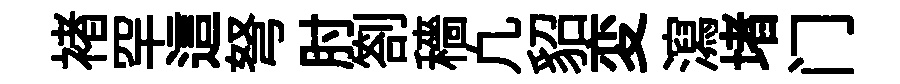
褚罕這弩肘劄穡凢貂変瀉堵门